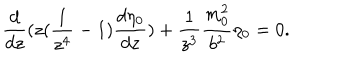
\frac { d } { d z } ( z ( \frac { 1 } { z ^ { 4 } } - 1 ) \frac { d \eta _ { 0 } } { d z } ) + \frac { 1 } { z ^ { 3 } } \frac { m _ { 0 } ^ { 2 } } { b ^ { 2 } } \eta _ { 0 } = 0 .